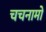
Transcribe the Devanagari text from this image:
चचनामो